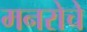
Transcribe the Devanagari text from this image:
मनरोचे